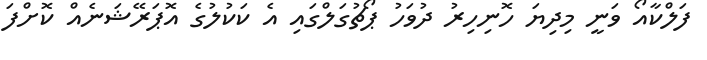
ފަލްކާއޯ ވަނީ މިދިޔަ ހޮނިހިރު ދުވަހު ޕޯޗުގަލްގައި އެ ކަކުލުގެ އޮޕަރޭޝަނެއް ކޮށްފަ